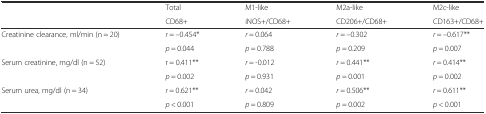
<table><thead><tr><td rowspan="2"></td><td><b>Total</b></td><td><b>M1-like</b></td><td><b>M2a-like</b></td><td><b>M2c-like</b></td></tr><tr><td><b>CD68+</b></td><td><b>iNOS+/CD68+</b></td><td><b>CD206+/CD68+</b></td><td><b>CD163+/CD68+</b></td></tr></thead><tbody><tr><td rowspan="2">Creatinine clearance, ml/min (n = 20)</td><td><i>r</i> = –0.454*</td><td><i>r</i> = 0.064</td><td><i>r</i> = –0.302</td><td><i>r</i> = –0.617**</td></tr><tr><td><i>p</i> = 0.044</td><td><i>p</i> = 0.788</td><td><i>p</i> = 0.209</td><td><i>p</i> = 0.007</td></tr><tr><td rowspan="2">Serum creatinine, mg/dl (n = 52)</td><td>r = 0.411**</td><td><i>r</i> = -0.012</td><td><i>r</i> = 0.441**</td><td><i>r</i> = 0.414**</td></tr><tr><td><i>p</i> = 0.002</td><td><i>p</i> = 0.931</td><td><i>p</i> = 0.001</td><td><i>p</i> = 0.002</td></tr><tr><td rowspan="2">Serum urea, mg/dl (n = 34)</td><td><i>r</i> = 0.621**</td><td><i>r</i> = 0.042</td><td><i>r</i> = 0.506**</td><td><i>r</i> = 0.611**</td></tr><tr><td><i>p</i> &lt; 0.001</td><td><i>p</i> = 0.809</td><td><i>p</i> = 0.002</td><td><i>p</i> &lt; 0.001</td></tr></tbody></table>